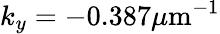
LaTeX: k_{y}=-0.387\mu\mathrm{m}^{-1}